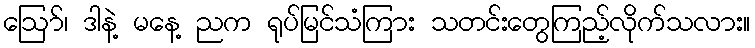
ဪ၊ ဒါနဲ့ မနေ့ ညက ရုပ်မြင်သံကြား သတင်းတွေကြည့်လိုက်သလား။